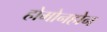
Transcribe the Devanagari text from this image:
होमोनहोन